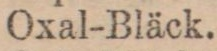
Oxal-Bläck.